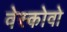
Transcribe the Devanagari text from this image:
वेस्कोवो